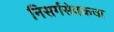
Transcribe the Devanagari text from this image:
निसर्गसेवकचा